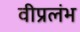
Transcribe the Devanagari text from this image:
वीप्रलंभ